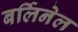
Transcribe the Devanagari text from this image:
बर्लिनेल